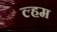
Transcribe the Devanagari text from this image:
ल्हम